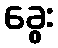
ခွေး